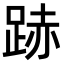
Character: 𨁯